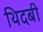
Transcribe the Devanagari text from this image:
थिदबी